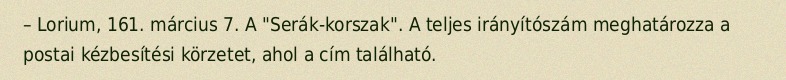
– Lorium, 161. március 7. A "Serák-korszak". A teljes irányítószám meghatározza a postai kézbesítési körzetet, ahol a cím található.